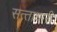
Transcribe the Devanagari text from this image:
सत्‍ताधारी